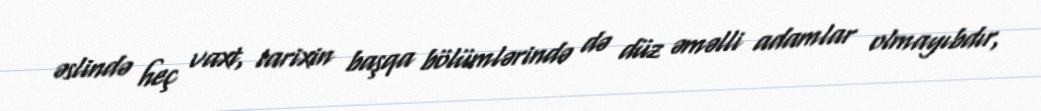
əslində heç vaxt, tarixin başqa bölümlərində də düz əməlli adamlar olmayıbdır,